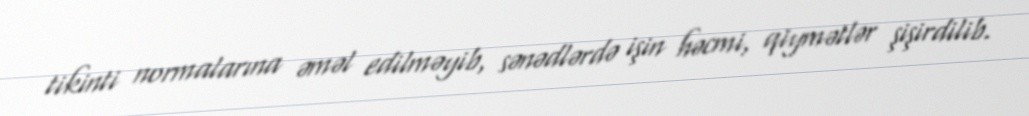
tikinti normalarına əməl edilməyib, sənədlərdə işin həcmi, qiymətlər şişirdilib.